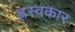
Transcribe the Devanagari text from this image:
ह्रस्वकार